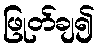
ဖြုတ်ချ၍